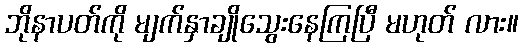
ဘိုနာပတ်ကို မျက်နှာချိုသွေးနေကြပြီ မဟုတ် လား။